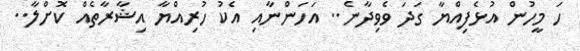
ހަ މީހުން އުޅެފިއްޔާ ގަދަ ވެވިދާނެ.. އަހަންނާއި އެކު ހުރިއްޔާ އިޝާރާތެއް ކޮށްލާ..